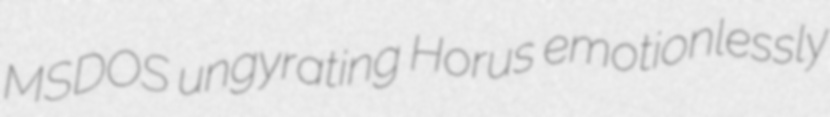
MSDOS ungyrating Horus emotionlessly